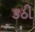
કઠી